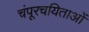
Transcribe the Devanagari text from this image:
चंपूरचयिताओं